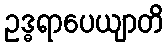
ဥဒ္ဓရာပေယျာတိ